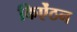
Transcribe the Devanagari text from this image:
किऐंठन